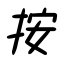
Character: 按